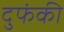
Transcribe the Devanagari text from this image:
दुफंकी